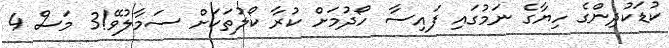
ކުޑަކުދިންގެ ހިޔާގެ ނަމުގައި ފައިސާ ހޯދުމަށް ކުރާ ކޯލުތަކަށް ސަމާލުވޭ!3 މަސް 4